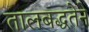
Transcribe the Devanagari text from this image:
तालबद्धतेने